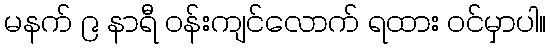
မနက် ၉ နာရီ ဝန်းကျင်လောက် ရထား ဝင်မှာပါ။